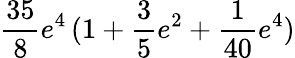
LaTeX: \frac{35}{8}e^{4}\, (1+\frac 35e^{2}+\frac{1}{40}e^{4})